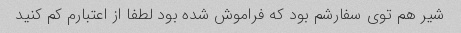
شیر هم توی سفارشم بود که فراموش شده بود لطفا از اعتبارم کم کنید